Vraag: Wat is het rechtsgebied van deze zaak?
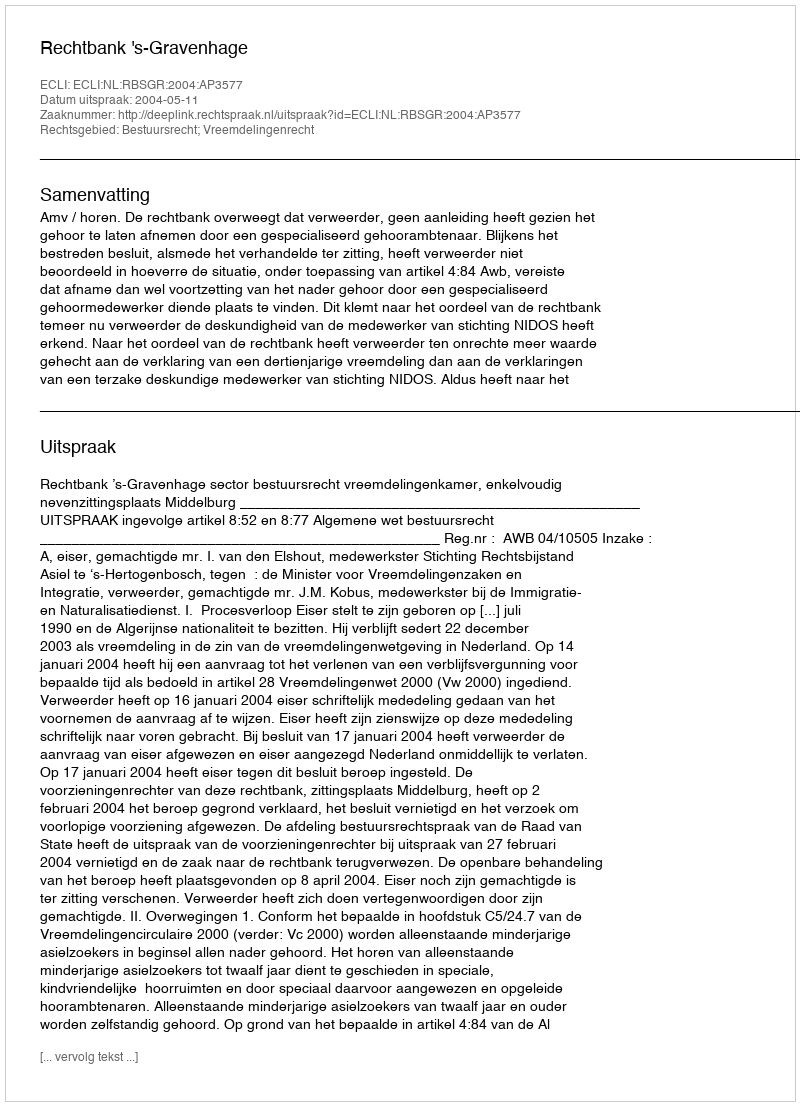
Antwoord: Bestuursrecht; Vreemdelingenrecht